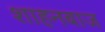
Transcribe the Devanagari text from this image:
शाहनबाज